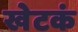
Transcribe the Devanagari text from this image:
खेटकं